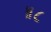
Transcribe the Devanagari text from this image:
॥८